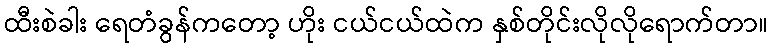
ထီးစဲခါး ရေတံခွန်ကတော့ ဟိုး ငယ်ငယ်ထဲက နှစ်တိုင်းလိုလိုရောက်တာ။